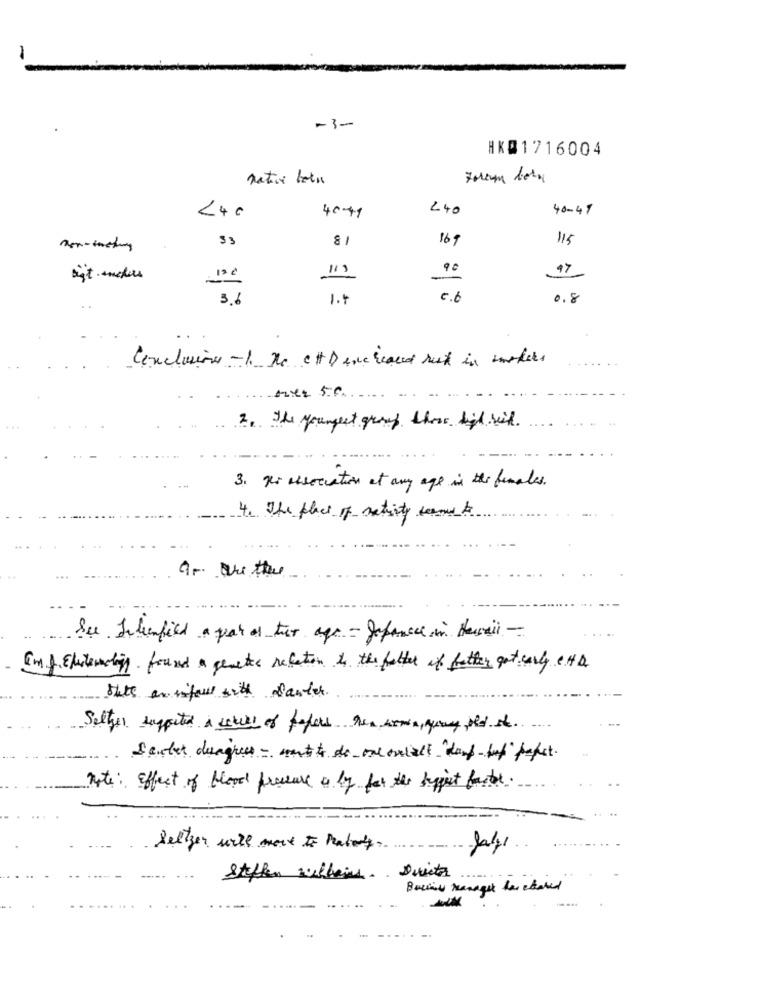
-3-
HK@1716004
native botn
<40
240
40-49
4041
33
81
169
115
90
47
-
36
1.1
6.6
0.8
Conclusions -11 to CH Dencreased rest in workers
2. The youngest group. these high seid.
3. Je association at any age in the finales.
4. The place of nativity termes to
See. Ichenfied a part of the age -Japances in Herai -
[m ]. Elutemelig found a genetics relation to the father of father got early eHD
thats an infant with Sauter.
Setter supported a skill of papers hen sonin, gary old It
Sendet disagrees - went to do one onials dorf but" paket.
Note: effect of blood presure a by for the biggest factor.
Seltzer will more to Matory.
steffen sulleis Quite
Busines Manager has shared
-